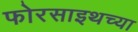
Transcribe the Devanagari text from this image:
फोरसाइथच्या